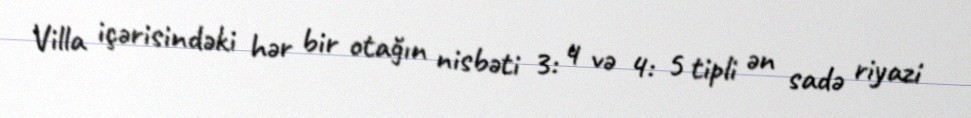
Villa içərisindəki hər bir otağın nisbəti 3: 4 və 4: 5 tipli ən sadə riyazi